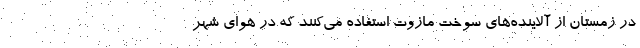
در زمستان از آلاینده‌های سوخت مازوت استفاده می‌کنند که در هوای شهر